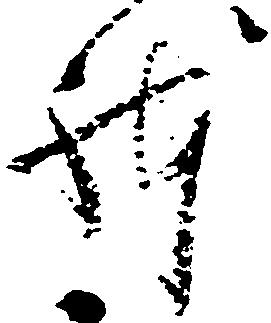
躰